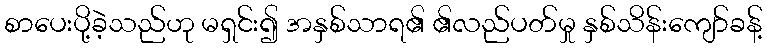
စာပေးပို့ခဲ့သည်ဟု မရှင်း၍ အနှစ်သာရ၏ ၏လည်ပတ်မှု နှစ်သိန်းကျော်ခန့်